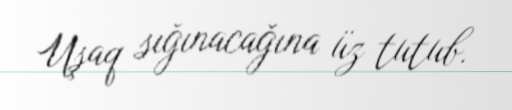
Uşaq sığınacağına üz tutub.